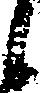
候